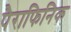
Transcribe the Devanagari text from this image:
पैराफिनिक